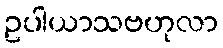
ဥပါယာသဗဟုလာ